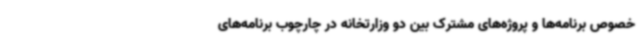
خصوص برنامه‌ها و پروژه‌های مشترک بین دو وزارتخانه در چارچوب برنامه‌های